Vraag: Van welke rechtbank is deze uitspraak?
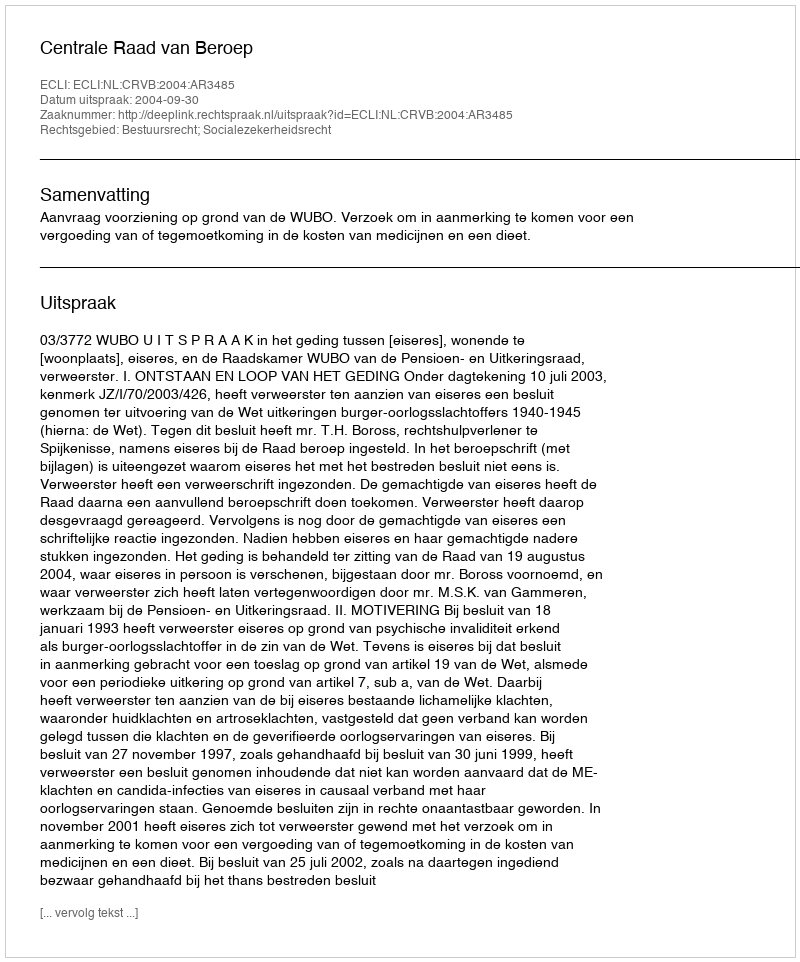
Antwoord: Centrale Raad van Beroep